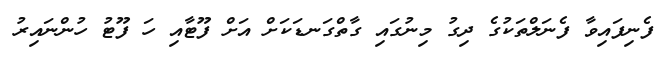
ފެނިފައިވާ ފެނަލްތަކުގެ ދިގު މިނުގައި ގާތްގަނޑަކަށް އަށް ފޫޓާއި ހަ ފޫޓު ހުންނައިރު